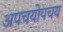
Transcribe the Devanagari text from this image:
अपचयोपचय